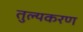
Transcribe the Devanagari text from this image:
तुल्यकरण